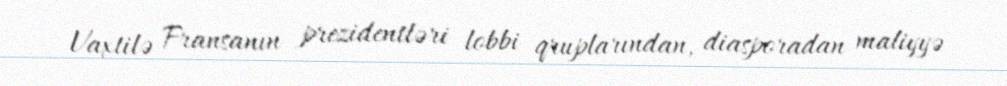
Vaxtilə Fransanın prezidentləri lobbi qruplarından, diasporadan maliyyə